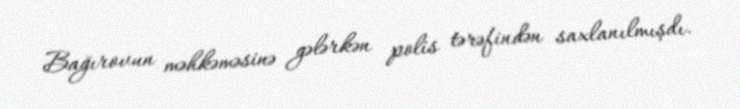
Bağırovun məhkəməsinə gələrkən polis tərəfindən saxlanılmışdı.